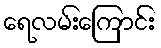
ရေလမ်းကြောင်း